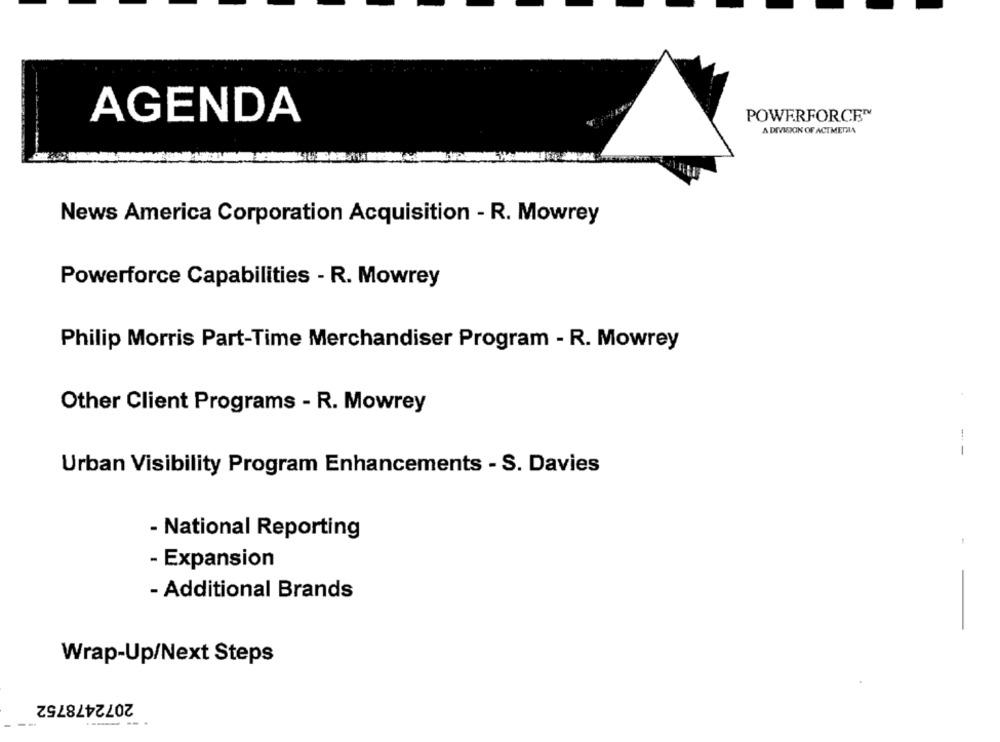
POWERFORCE™
AGENDA
A DIVISION OF ACTMETRA
News America Corporation Acquisition - R. Mowrey
Powerforce Capabilities - R. Mowrey
Philip Morris Part-Time Merchandiser Program - R. Mowrey
Other Client Programs - R. Mowrey
---
Urban Visibility Program Enhancements - S. Davies
- National Reporting
-
- Expansion
- Additional Brands
Wrap-Up/Next Steps
2072478752